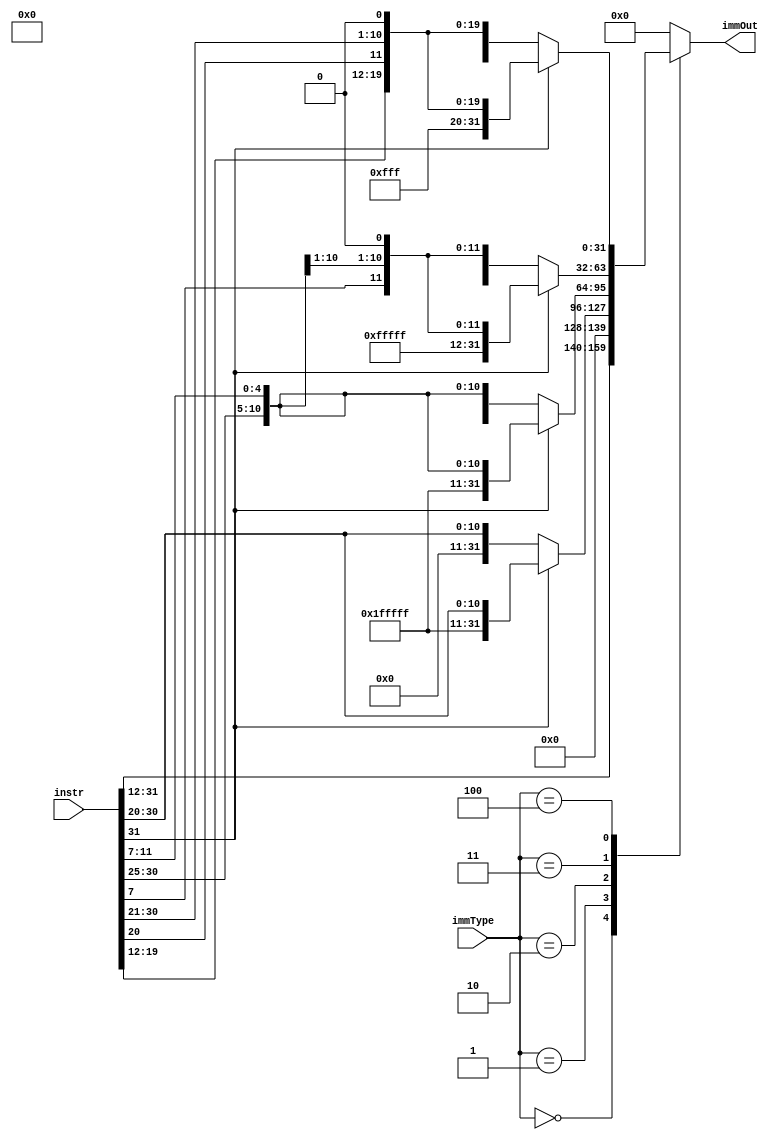
module ImmGene(
	input [2:0]immType,
	input [31:0]instr,
	output reg[31:0]immOut 
);

	always@*begin
		case(immType)
			3'b000:immOut = {instr[31:12],12'h000};
			3'b001:immOut = instr[31]==1?{20'b11111111111111111111,instr[31:20]}:{20'b00000000000000000000,instr[31:20]};
			3'b010:immOut = instr[31]==1?{20'b11111111111111111111,instr[31:25],instr[11:7]}:{20'b00000000000000000000,instr[31:25],instr[11:7]};
			3'b011:immOut = instr[31]==1?{19'b1111111111111111111,instr[31],instr[7],instr[30:25],instr[11:8],1'b0}:{19'b0000000000000000000,instr[31],instr[7],instr[30:25],instr[11:8],1'b0};
			3'b100:immOut = instr[31]==1?{11'b11111111111,instr[31],instr[19:12],instr[20],instr[30:21],1'b0}:{11'b00000000000,instr[31],instr[19:12],instr[20],instr[30:21],1'b0};
			default:immOut = 0;
		endcase
	end
endmodule